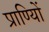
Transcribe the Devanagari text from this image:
प्राण्यिों